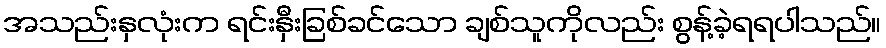
အသည်းနှလုံးက ရင်းနှီးခြစ်ခင်သော ချစ်သူကိုလည်း စွန့်ခဲ့ရရပါသည်။